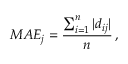
M A E _ { j } = \frac { \sum _ { i = 1 } ^ { n } | d _ { i j } | } { n } \, ,